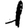
Digit: 1